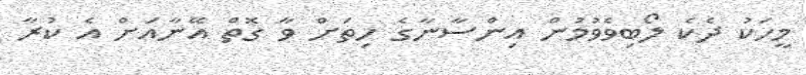
މީހަކު ދެކެ ލޯބިވެވުމުން އިންސާނާގެ ހިތަށް ވާ ގޮތް އޭނާއަށް އެ ކުރާ